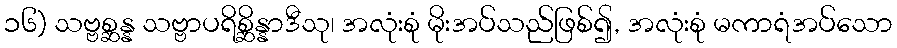
၁၆) သဗ္ဗစ္ဆန္န သဗ္ဗာပရိစ္ဆိန္နာဒီသု၊ အလုံးစုံ မိုးအပ်သည်ဖြစ်၍, အလုံးစုံ မကာရံအပ်သော